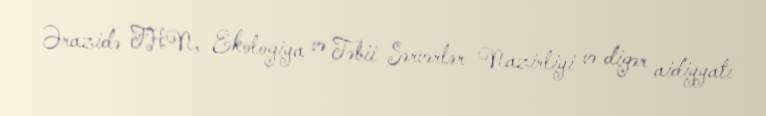
Ərazidə FHN, Ekologiya və Təbii Sərvərlər Nazirliyi və digər aidiyyatı